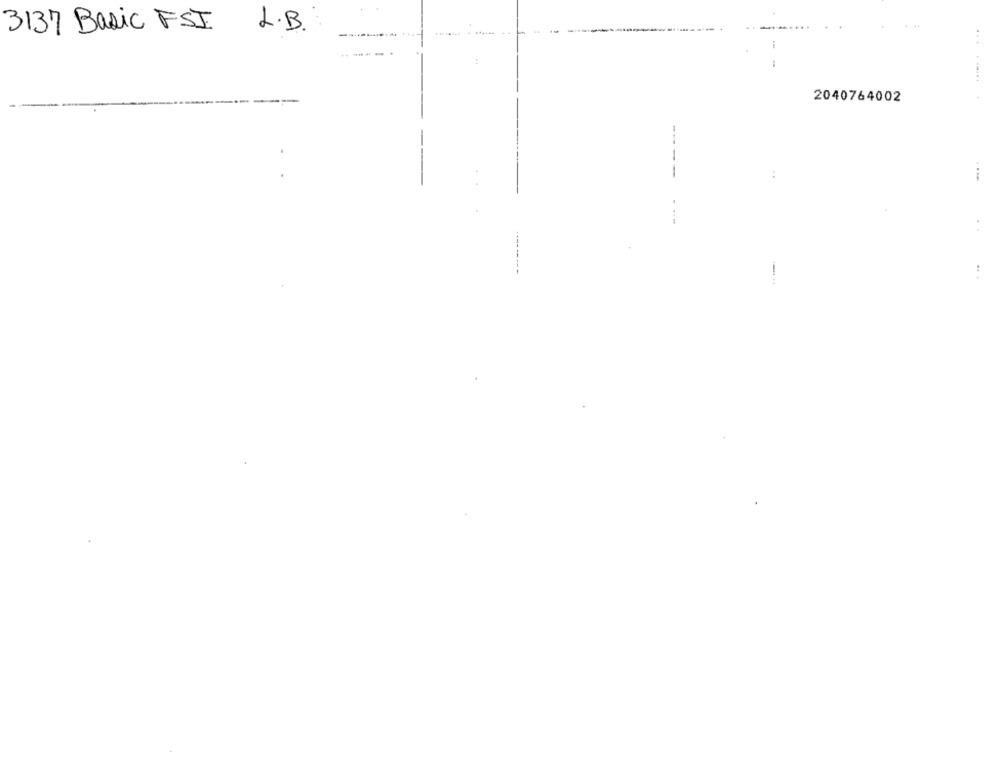
3137 Basic FSI
L.B.
-
2040764002
-
..